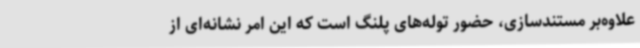
علاوه‌بر مستندسازی، حضور توله‌های پلنگ است که این امر نشانه‌ای از